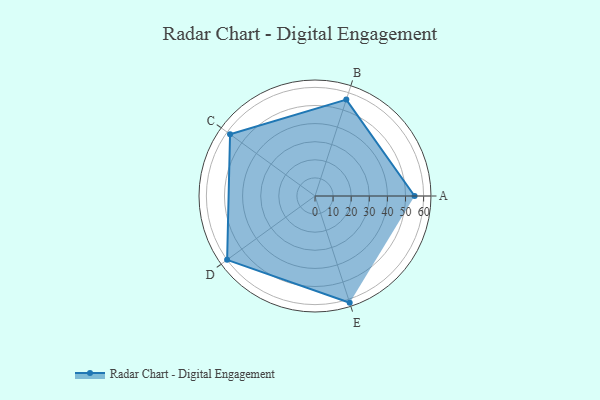
{"axis": {"x": "Skill", "y": "Score"}, "legend": ["Profile"], "data": [{"x": "A", "y": 55.0, "type": "Profile"}, {"x": "B", "y": 56.0, "type": "Profile"}, {"x": "C", "y": 58.0, "type": "Profile"}, {"x": "D", "y": 60.0, "type": "Profile"}, {"x": "E", "y": 62.0, "type": "Profile"}]}